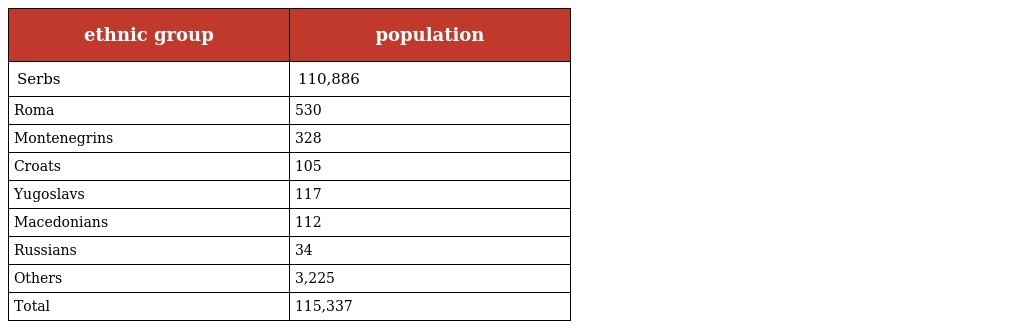
| ethnic group | population |
 | --- | --- |
 | Serbs | 110,886 |
 | Roma | 530 |
 | Montenegrins | 328 |
 | Croats | 105 |
 | Yugoslavs | 117 |
 | Macedonians | 112 |
 | Russians | 34 |
 | Others | 3,225 |
 | Total | 115,337 |